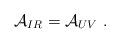
LaTeX: \begin{align*} {\cal A}_{IR}={\cal A}_{UV} \ .\end{align*}